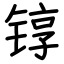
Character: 𬭚